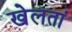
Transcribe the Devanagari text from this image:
खेलतां